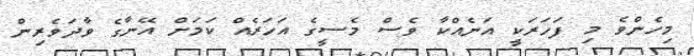
މިހެންވެ މި ފަހަރަކީ އަނެއްކާ ވެސް މެސީގެ އަހަރެއް ކަމަށް އޭނާގެ ވާދަވެރިން